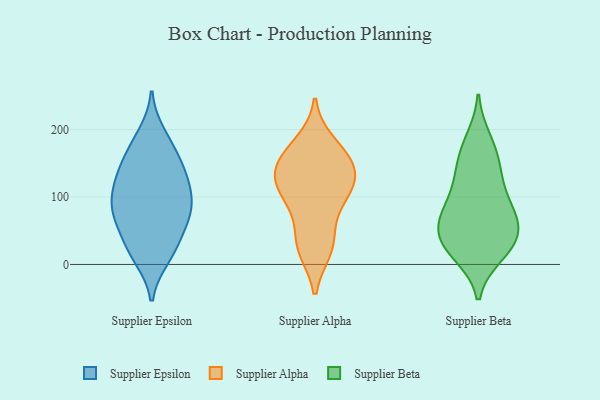
{"axis": {"x": "Inventory Turnover", "y": "Value"}, "legend": ["Supplier Alpha", "Supplier Beta", "Supplier Epsilon"], "data": [{"x": "", "y": 71, "type": "Supplier Epsilon"}, {"x": "", "y": 78, "type": "Supplier Epsilon"}, {"x": "", "y": 135, "type": "Supplier Epsilon"}, {"x": "", "y": 11, "type": "Supplier Epsilon"}, {"x": "", "y": 192, "type": "Supplier Epsilon"}, {"x": "", "y": 85, "type": "Supplier Epsilon"}, {"x": "", "y": 84, "type": "Supplier Epsilon"}, {"x": "", "y": 124, "type": "Supplier Epsilon"}, {"x": "", "y": 20, "type": "Supplier Epsilon"}, {"x": "", "y": 125, "type": "Supplier Epsilon"}, {"x": "", "y": 62, "type": "Supplier Epsilon"}, {"x": "", "y": 19, "type": "Supplier Epsilon"}, {"x": "", "y": 177, "type": "Supplier Epsilon"}, {"x": "", "y": 113, "type": "Supplier Epsilon"}, {"x": "", "y": 163, "type": "Supplier Epsilon"}, {"x": "", "y": 147, "type": "Supplier Epsilon"}, {"x": "", "y": 42, "type": "Supplier Epsilon"}, {"x": "", "y": 92, "type": "Supplier Epsilon"}, {"x": "", "y": 132, "type": "Supplier Alpha"}, {"x": "", "y": 85, "type": "Supplier Alpha"}, {"x": "", "y": 23, "type": "Supplier Alpha"}, {"x": "", "y": 101, "type": "Supplier Alpha"}, {"x": "", "y": 25, "type": "Supplier Alpha"}, {"x": "", "y": 154, "type": "Supplier Alpha"}, {"x": "", "y": 38, "type": "Supplier Alpha"}, {"x": "", "y": 133, "type": "Supplier Alpha"}, {"x": "", "y": 119, "type": "Supplier Alpha"}, {"x": "", "y": 149, "type": "Supplier Alpha"}, {"x": "", "y": 110, "type": "Supplier Alpha"}, {"x": "", "y": 166, "type": "Supplier Alpha"}, {"x": "", "y": 179, "type": "Supplier Alpha"}, {"x": "", "y": 15, "type": "Supplier Beta"}, {"x": "", "y": 85, "type": "Supplier Beta"}, {"x": "", "y": 50, "type": "Supplier Beta"}, {"x": "", "y": 185, "type": "Supplier Beta"}, {"x": "", "y": 136, "type": "Supplier Beta"}, {"x": "", "y": 121, "type": "Supplier Beta"}, {"x": "", "y": 27, "type": "Supplier Beta"}, {"x": "", "y": 62, "type": "Supplier Beta"}, {"x": "", "y": 31, "type": "Supplier Beta"}, {"x": "", "y": 18, "type": "Supplier Beta"}, {"x": "", "y": 44, "type": "Supplier Beta"}, {"x": "", "y": 76, "type": "Supplier Beta"}, {"x": "", "y": 148, "type": "Supplier Beta"}, {"x": "", "y": 64, "type": "Supplier Beta"}, {"x": "", "y": 171, "type": "Supplier Beta"}, {"x": "", "y": 94, "type": "Supplier Beta"}]}